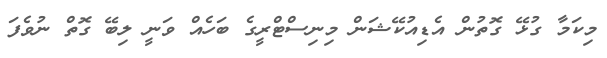
މިކަމާ ގުޅޭ ގޮތުން އެޑިއުކޭޝަން މިނިސްޓްރީގެ ބަހެއް ވަނީ ލިބޭ ގޮތް ނުވެފަ